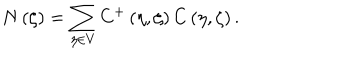
N \left( \zeta \right) = \sum _ { \eta \in V } C ^ { + } \left( \eta , \zeta \right) C \left( \eta , \zeta \right) .